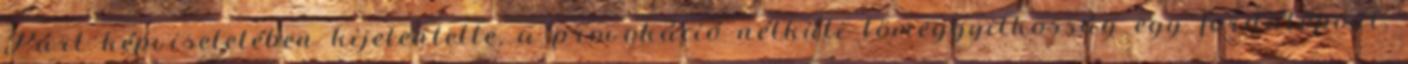
Párt képviseletében kijelentette, a provokáció nélküli tömeggyilkosság egy fordulópont,